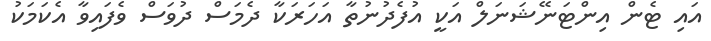
އައި ޓެން އިންޓަނޭޝަނަލް އަކީ އުފެދުނުތާ އަހަރަކާ ދެމަސް ދުވަސް ވެފައިވާ އެކަމަކު